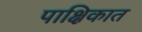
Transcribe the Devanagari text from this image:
पाक्षिकात